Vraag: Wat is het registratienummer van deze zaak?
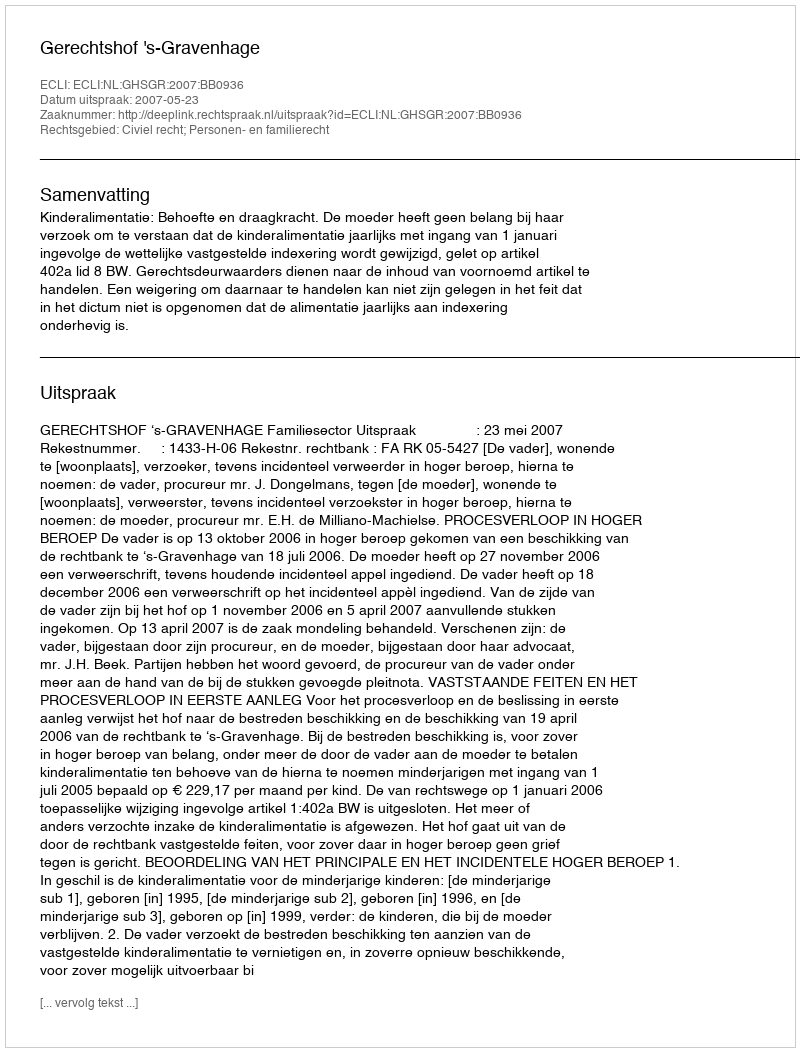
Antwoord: http://deeplink.rechtspraak.nl/uitspraak?id=ECLI:NL:GHSGR:2007:BB0936